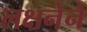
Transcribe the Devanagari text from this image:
लक्षनेने